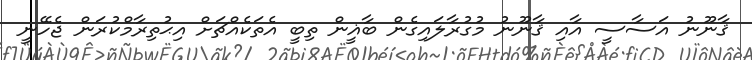
ޤާނޫނު އަސާސީ އާއި ޤާނޫނު މުގުރާލައިގެން ބާޣީން ތިބީ އެތަކެއްޗަށް އިޙުތިރާމްކުރަން ޖެހޭނީ